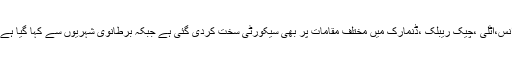
پولیس نے شہریوں کو محتاط رہنے کی ہدایت جاری کردی جبکہ فرانس،اٹلی ،چیک ریبلک ،ڈنمارک میں مختلف مقامات پر بھی سیکورٹی سخت کردی گئی ہے جبکہ برطانوی شہریوں سے کہا گیا ہے وہ عوامی مقامات میں قائم کسمس مارکٹس جانے سے اجتناب کریں۔